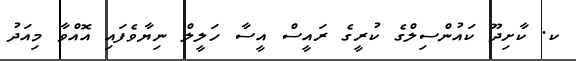
ކ. ކާށިދޫ ކައުންސިލްގެ ކުރީގެ ރައީސް އީސާ ހަލީލް ނިޔާވެފައި އޮއްވާ މިއަދު